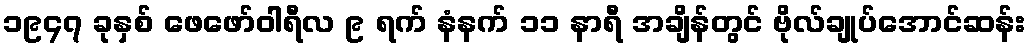
၁၉၄၇ ခုနှစ် ဖေဖော်ဝါရီလ ၉ ရက် နံနက် ၁၁ နာရီ အချိန်တွင် ဗိုလ်ချုပ်အောင်ဆန်း